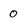
Character: 0